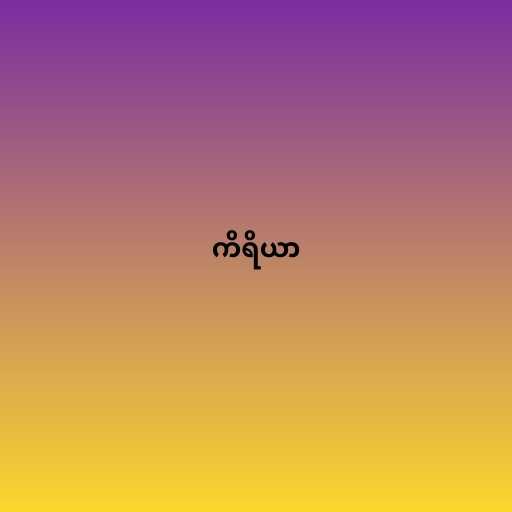
ကိရိယာ